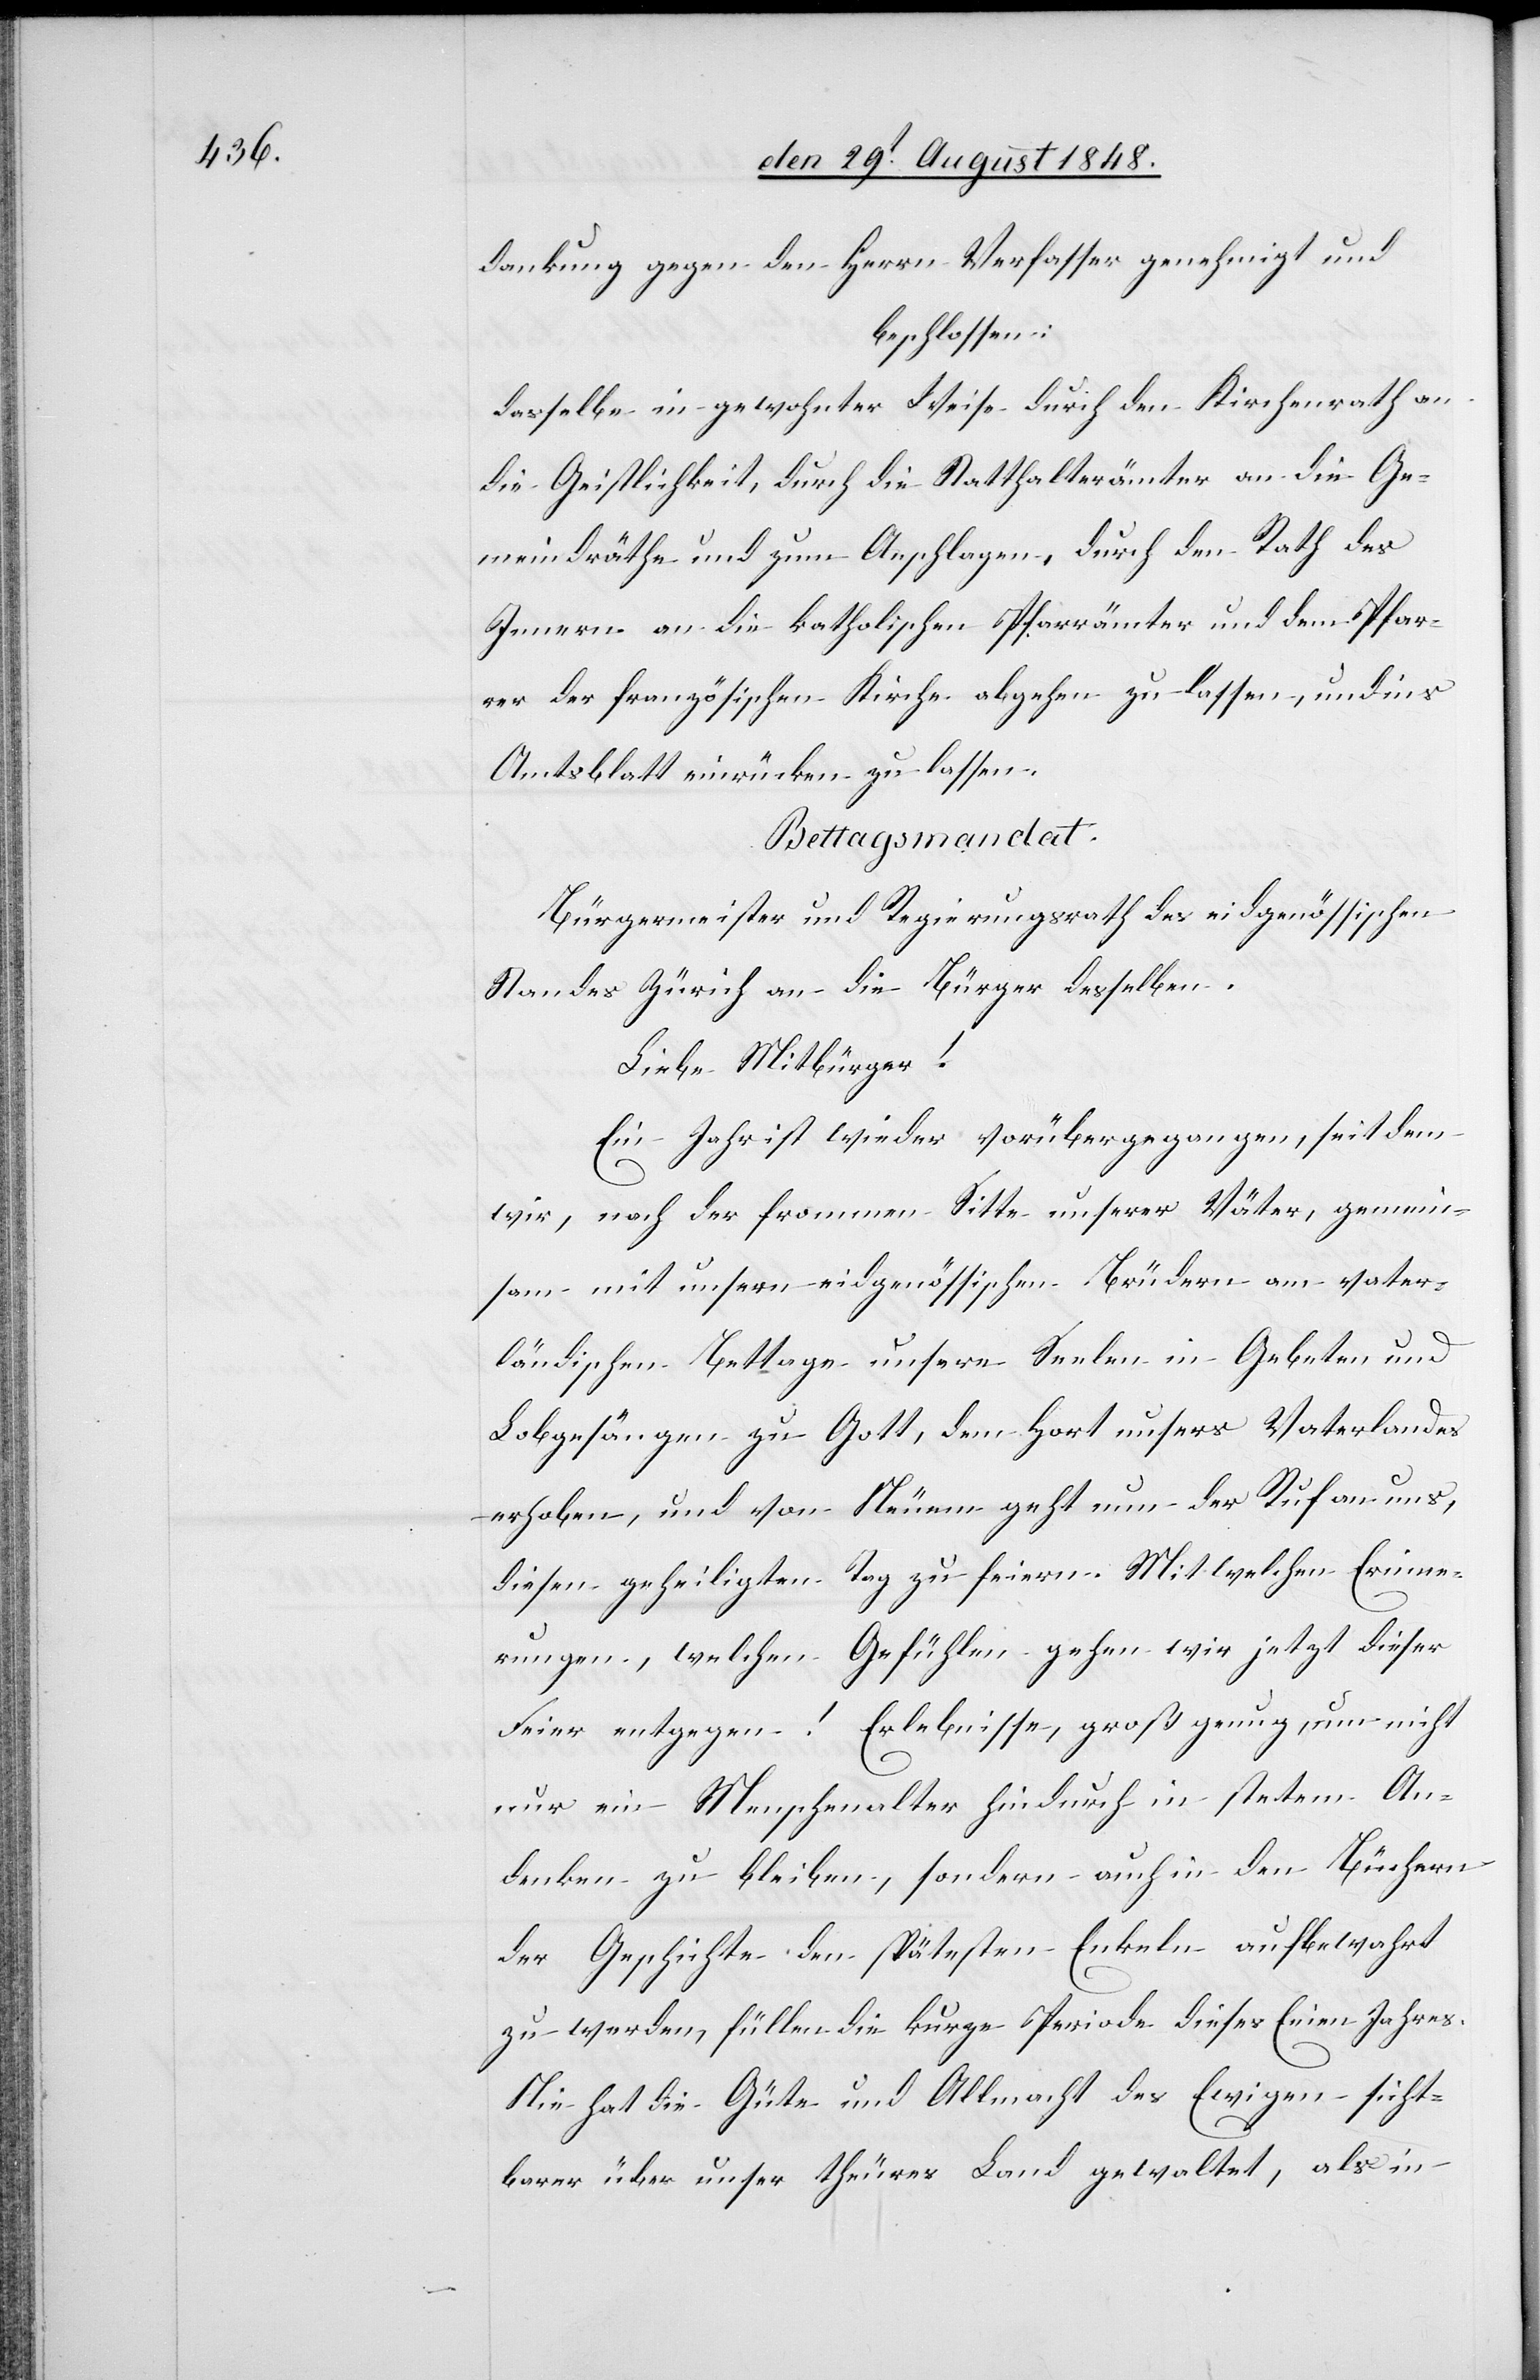
dankung gegen den Herrn Verfasser genehmigt und
beschlossen:
dasselbe in gewohnter Weise durch den Kirchenrath an
die Geistlichkeit, durch die Statthalterämter an die Ge¬
meindräthe und zum Anschlagen, durch den Rath des
Innern an die katholischen Pfarrämter und dem Pfar¬
rer der französischen Kirche abgehen zu lassen, und ins
Amtsblatt einrücken zu lassen.
Bettagsmandat.
Bürgermeister und Regierungsrath des eidgenössischen
Standes Zürich an die Bürger desselben.
Liebe Mitbürger!
Ein Jahr ist wieder vorübergegangen, seit dem
wir, nach der frommen Sitte unserer Väter, gemein¬
sam mit unsern eidgenössischen Brüdern am vater¬
ländischen Bettage unsere Seelen in Gebeten und
Lobgesängen zu Gott, dem Hort unsers Vaterlandes
erhoben, und von Neuem geht nun der Ruf an uns,
diesen geheiligten Tag zu feiern. Mit welchen Erinne¬
rungen, welchen Gefühlen gehen wir jetzt dieser
Feier entgegen! Erlebnisse, groß genug, um nicht
nur ein Menschenalter hindurch in stetem An¬
denken zu bleiben, sondern auch in den Büchern
der Geschichte den spätestens Enkeln aufbewahrt
zu werden, füllen die kurze Periode dieses Einen Jahres.
Nie hat die Güte und Allmacht des Ewigen sicht¬
barer über unser theures Land gewaltet, als in